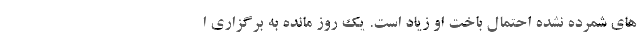
های شمرده نشده احتمال باخت او زیاد است. یک روز مانده به برگزاری ا